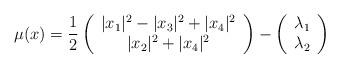
LaTeX: \begin{align*} \mu(x) = \frac{1}{2} \left( \begin{array}{c}|x_1|^2 - |x_3|^2 + |x_4|^2 \\|x_2|^2 + |x_4|^2\end{array}\right) - \left( \begin{array}{r} \lambda_1 \\ \lambda_2 \end{array} \right) \end{align*}